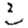
Digit: 3